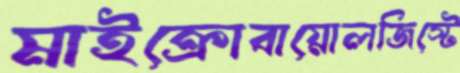
মাইক্রোবায়োলজিস্টে